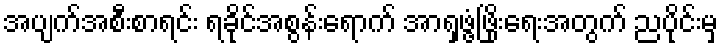
အပျက်အစီးစာရင်း ရခိုင်အစွန်းရောက် အာရှဖွံ့ဖြိုးရေးအတွက် ညပိုင်းမှ